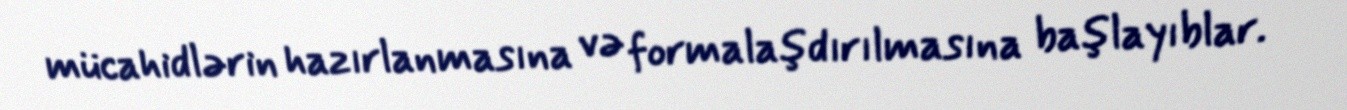
mücahidlərin hazırlanmasına və formalaşdırılmasına başlayıblar.